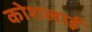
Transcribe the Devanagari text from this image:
कोशलाई